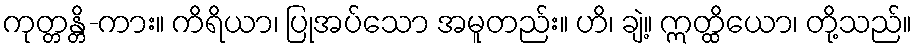
ကုတ္တန္တိ-ကား။ ကိရိယာ၊ ပြုအပ်သော အမူတည်း။ ဟိ၊ ချဲ့။ ဣတ္ထိယော၊ တို့သည်။